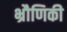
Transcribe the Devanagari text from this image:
भ्रौणिकी